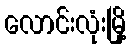
လောင်းလုံးမြို့